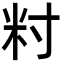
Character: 籿